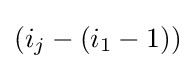
{\textstyle (i_{j}-(i_{1}-1))}